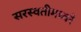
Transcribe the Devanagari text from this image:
सरस्वतीमध्वरे